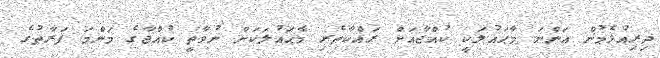
ދިރިއުޅެމުން އަންނަ މާޙައުލަކީ ކުއްޖާއަށް ރައްކާތެރި މާޙައުލަކަށް ނުވާތީ ކުއްޖާގެ މަންމަ ފަރާތުގެ